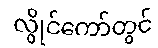
လွိုင်ကော်တွင်